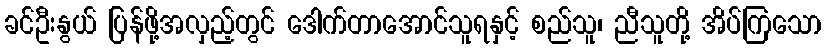
ခင်ဦးနွယ် ပြန်ဖို့အလှည့်တွင် ဒေါက်တာအောင်သူရနှင့် စည်သူ၊ ညီသူတို့ အိပ်ကြသော